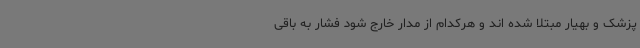
پزشک و بهیار مبتلا شده اند و هرکدام از مدار خارج شود فشار به باقی